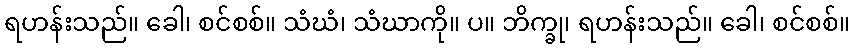
ရဟန်းသည်။ ခေါ၊ စင်စစ်။ သံဃံ၊ သံဃာကို။ ပ။ ဘိက္ခု၊ ရဟန်းသည်။ ခေါ၊ စင်စစ်။